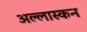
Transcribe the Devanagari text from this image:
अल्लास्कन